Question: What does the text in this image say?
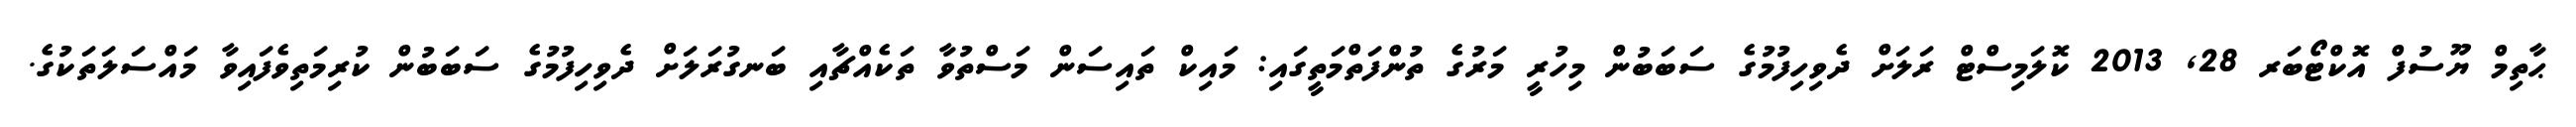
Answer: ޙާތިމް ޔޫސުފް އޮކްޓޯބަރ 28, 2013 ކޮލަމިސްޓް ރަލަށް ދެވިހިފުމުގެ ސަބަބުން މިހުރީ މަރުގެ ތުންފަތްމަތީގައި: މައިކް ތައިސަން މަސްތުވާ ތަކެއްޗާއި ބަނގުރަލަށް ދެވިހިފުމުގެ ސަބަބުން ކުރިމަތިވެފައިވާ މައްސަލަތަކުގެ.